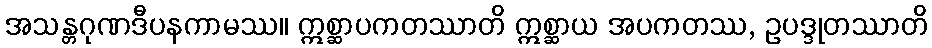
အသန္တဂုဏဒီပနကာမဿ။ ဣစ္ဆာပကတဿာတိ ဣစ္ဆာယ အပကတဿ, ဥပဒ္ဒုတဿာတိ